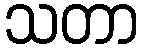
သတာ